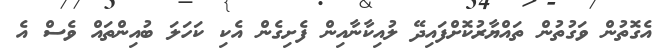
އެގޮތުން ވަގުތުން ތައްޔާރުކޮށްފައިދޭ ލުއިކާނާއިން ފެށިގެން އެކި ކަހަލަ ބުއިންތައް ވެސް އެ